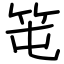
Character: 𥫱